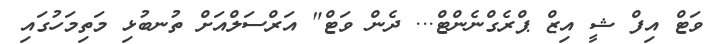
ވަޓް އިފް ޝީ އިޒް ޕްރެގްނެންޓް... ދެން ވަޓް" އަރްސަލްއަށް ތުނބުޅި މަތިމަހުގައި